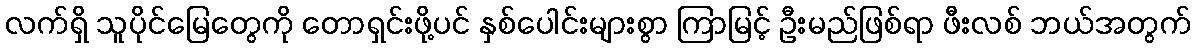
လက်ရှိ သူပိုင်မြေတွေကို တောရှင်းဖို့ပင် နှစ်ပေါင်းများစွာ ကြာမြင့် ဦးမည်ဖြစ်ရာ ဖီးလစ် ဘယ်အတွက်